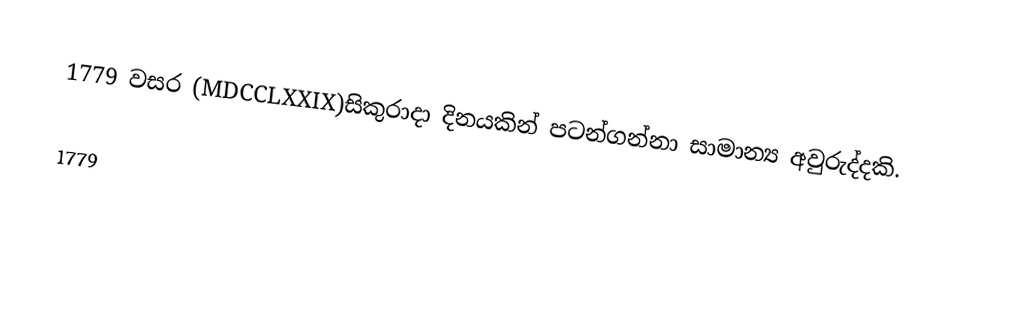
1779 වසර (MDCCLXXIX)සිකුරාදා දිනයකින් පටන්ගන්නා සාමාන්‍ය අවුරුද්දකි.

1779